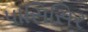
પાસિસિર